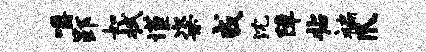
嚼郢如拭谨粢戒沈障拈褊爪